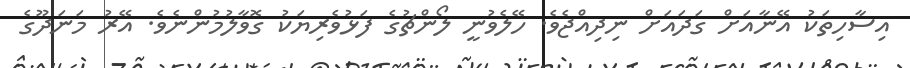
އިސާހިތަކު އޭނާއަށް ގަދައަށް ނިދިއްޖެވެ. ހޭލެވުނީ ލޯންޗުގެ ފަޅުވެރިޔަކު ގޮވާލުމުންނެވެ. އޭރު މަނަދޫގެ